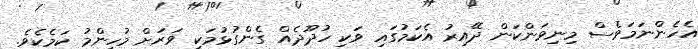
އެހެންނަމަވެސް މިނިވަންކަން ދޭއިރު އެކަމުގައި ވަކި ހުދޫދެއް ގެންގުޅުމަކީ ވަރަށް މުހިންމު ކަމެކެވެ.